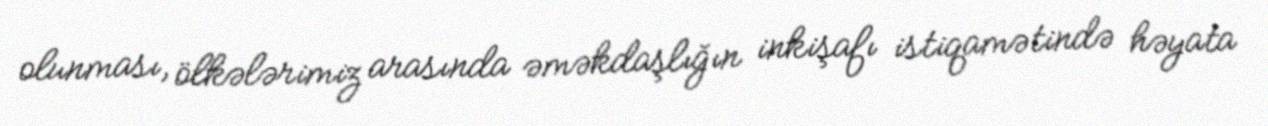
olunması, ölkələrimiz arasında əməkdaşlığın inkişafı istiqamətində həyata